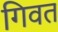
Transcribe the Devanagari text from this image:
गिवत